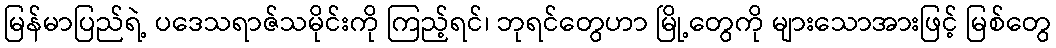
မြန်မာပြည်ရဲ့ ပဒေသရာဇ်သမိုင်းကို ကြည့်ရင်၊ ဘုရင်တွေဟာ မြို့တွေကို များသောအားဖြင့် မြစ်တွေ